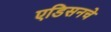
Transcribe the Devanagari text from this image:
एडिसनचे